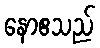
နောဧသည်